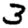
Digit: 3